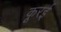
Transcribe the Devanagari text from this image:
कूरई